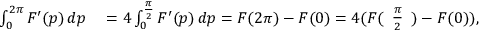
\begin{array} { r l } { \int _ { 0 } ^ { 2 \pi } F ^ { \prime } ( p ) \, d p } & { { } = 4 \int _ { 0 } ^ { \frac { \pi } { 2 } } F ^ { \prime } ( p ) \, d p = F ( 2 \pi ) - F ( 0 ) = 4 ( F ( { \begin{array} { l } { { \frac { \pi } { 2 } } } \end{array} } ) - F ( 0 ) ) , } \end{array}